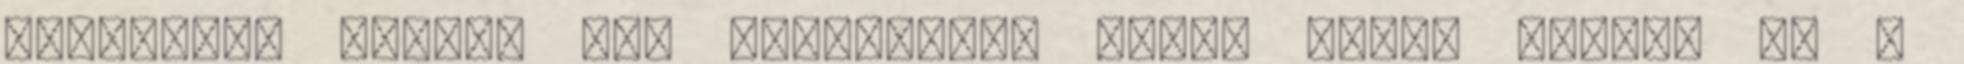
legutolsó dolog, ami mostanában szóba jöhet nálam, de a